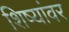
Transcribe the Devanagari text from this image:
शिष्यांवर